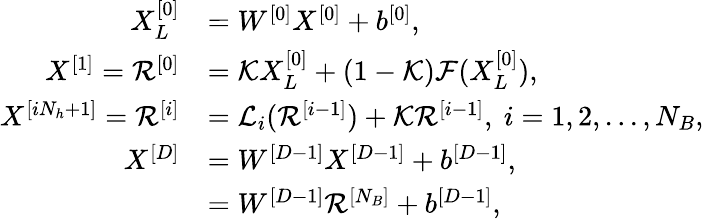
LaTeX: \begin{array}{rl}{X_{L}^{[0]}}&{=W^{[0]}X^{[0]}+b^{[0]},}\\ {{X}^{[1]}=\mathcal{R}^{[0]}}&{=\mathcal{K}X_{L}^{[0]}+(1-\mathcal{K})\mathcal{F}(X_{L}^{[0]}),}\\ {{X}^{[iN_{h}+1]}=\mathcal{R}^{[i]}}&{=\mathcal{L}_{i}(\mathcal{R}^{[i-1]})+\mathcal{K}\mathcal{R}^{[i-1]},\ i=1,2,...,N_{B},}\\ {X^{[D]}}&{=W^{[D-1]}X^{[D-1]}+b^{[D-1]},}\\ &{=W^{[D-1]}\mathcal{R}^{[N_{B}]}+b^{[D-1]},}\end{array}